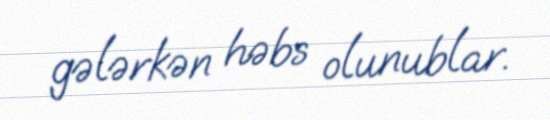
gələrkən həbs olunublar.